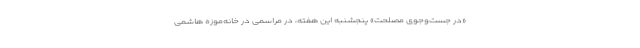
«در جست‌وجوی مصلحت» پنجشنبه این هفته، در مراسمی در خانه‌موزه هاشمی